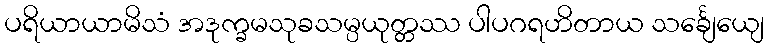
ပရိယာယာမိသံ အဒုက္ခမသုခသမ္ပယုတ္တဿ ပါပဂရဟိတာယ သင်္ချေယျေ